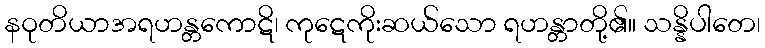
နဝုတိယာအရဟန္တကောဋိ၊ ကုဋေကိုးဆယ်သော ရဟန္တာတို့၏။ သန္နိပါတေ၊